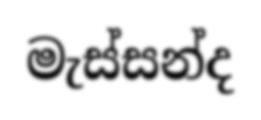
මැස්සන්ද